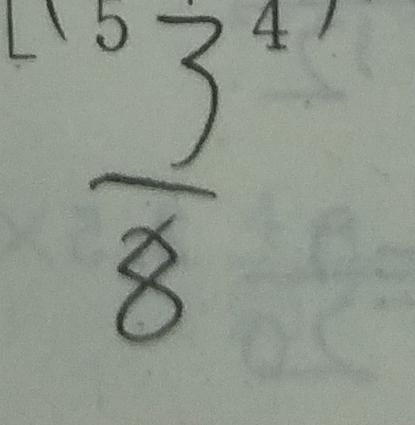
\frac { 3 } { 8 }